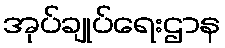
အုပ်ချုပ်ရေးဌာန